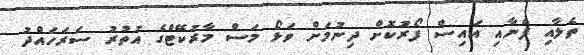
ތެލާއި ފެނާއި އައިސް ފޯރުކޮށް ދިނުމަށް ވަޅޯ މަސް މާރުކޭޓްގެ އުތުރު ސަރަހައްދު